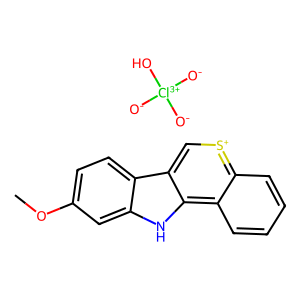
SMILES: COc1ccc2c(c1)[nH]c1c3ccccc3[s+]cc21.[O-][Cl+3]([O-])([O-])O
Inhibits HIV replication: No